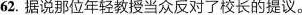
62.据说那位年轻教授当众反对了校长的提议。